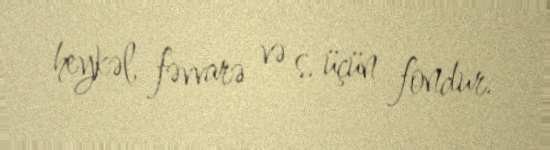
heykəl, fəvvarə və s. üçün fondur.